Vaccination Hyderabad 1872-1889 - 1872-1889
Year: 1872
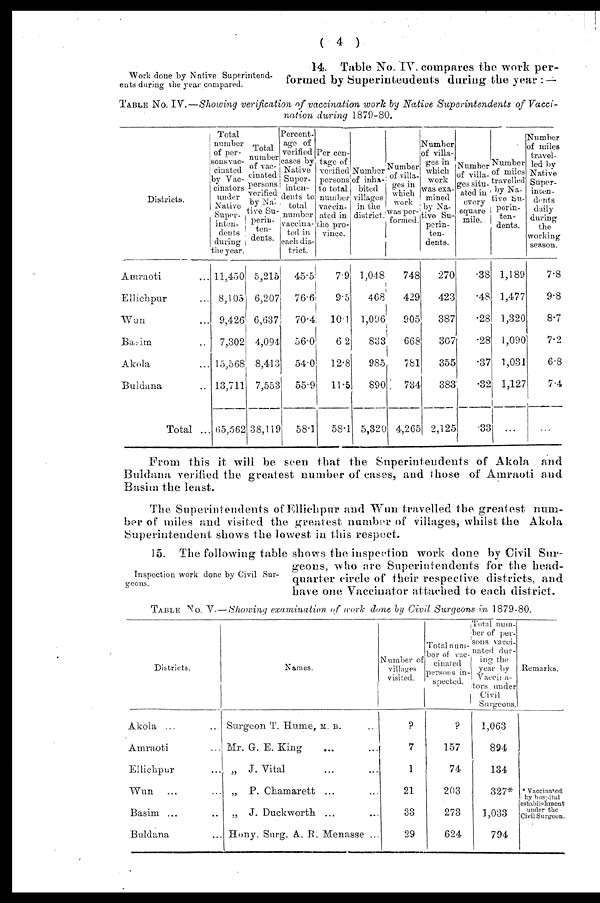
( 4 )
Work done by Native Superintend-
ents during the year compared.
14. Table No. IV. compares the work per-
formed by Superintendents during the year : —
TABLE No. IV.—Showing verification of vaccination work by Native Superintendents of Vacci-
nation during 1879-80.
Districts.
Amraoti ...
Ellichpur ...
Wun ...
Basim ...
Akola ...
Buldana ...
Total ...
Total
number
of per-
sons vac-
cinated
by Vac-
cinators
under
Native
Super-
inten-
dents
during
the year.
11,450
8,105
9,426
7,302
15,568
13,711
65,562
Total
number
of vac-
cinated
persons
verified
by Na-
tive Su-
perin-
ten-
dents.
5,215
6,207
6,637
4,094
8,413
7,553
38,119
Percent-
age of
verified
cases by
Native
Super-
inten-
dents to
total
number
vaccina-
ted in
each dis-
trict.
45.5
76.6
70.4
56.0
54.0
55.9
58.1
Percen-
tage of
verified
persons
to total
number
vaccin-
ated in
the pro-
vince.
7.9
9.5
10.1
6.2
12.8
11.5
58.1
Number
of inha-
bited.
villages
in the
district.
1,048
468
1,096
833
985
890
5,320
Number
of villa-
ges in
which
work
was per-
formed.
748
429
905
668
781
734
4,265
Number
of villa-
ges in
which
work
was exa-
mined
by Na-
tive Su-
perin-
ten-
dents.
270
423
387
307
355
383
2,125
Number
of villa-
ges situ-
ated in
every
square
mile.
.38
.48
.28
.28
.37
.32
.33
Number
of miles
travelled
by Na-
tive Su-
perin-
ten-
dents.
1,189
1,477
1,320
1,090
1,031
1,127
...
Number
of miles
travel-
led by
Native
Super-
inten-
dents
daily
during
the
working
season.
7.8
9.8
8.7
7.2
6.8
7.4
...
From this it will be seen that the Superintendents of Akola and
Buldana verified the greatest number of cases, and those of Amraoti and
Basim the least.
The Superintendents of Ellichpur and Wun travelled the greatest num-
ber of miles and visited the greatest number of villages, whilst the Akola
Superintendent shows the lowest in this respect.
Inspection work done by Civil Sur-
geons.
15. The following table shows the inspection work done by Civil Sur-
geons, who are Superintendents for the head-
quarter circle of their respective districts, and
have one Vaccinator attached to each district.
TABLE No. V.—Showing examination of work done by Civil Surgeons in 1879-80.
Districts.
Akola ... ...
Amraoti ... ...
Ellichpur ... ...
Wun
... ...
Basim ...
Buldana ... ...
Names.
Surgeon T. Hume, M. B. ...
Mr. G.E.King ... ...
„ J. Vital ... ...
„ P. Chamarett ... ...
„ J. Duckworth ... ...
Hony. Surg. A. R. Menasse ...
Number of
villages
visited.
?
7
1
21
33
29
Total num-
ber of vac-
cinated
persons in-
spected.
?
157
74
203
273
624
Total num-
ber of per-
sons vacci-
nated dur-
ing the
year by
Vaccina-
tors under
Civil
Surgeons.
1,063
894
134
327*
1,033
794
Remarks.
* Vaccinatod
by hospital
establishment
under the
Civil Surgeon.